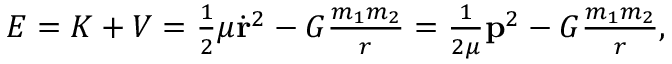
\begin{array} { r } { E = K + V = { \frac { 1 } { 2 } } \mu \dot { \bf r } ^ { 2 } - G \frac { m _ { 1 } m _ { 2 } } { r } = \frac { 1 } { 2 \mu } { \bf p } ^ { 2 } - G \frac { m _ { 1 } m _ { 2 } } { r } , } \end{array}